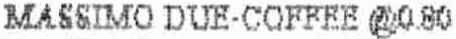
MASSIMO DUE-COFFEE @0.80